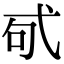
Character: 𢎅